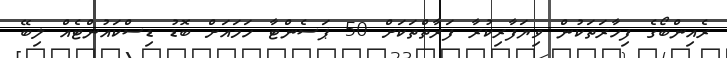
ރެއިންބޯގެ ފިހާރަތަކުން ވިޔަފާރިކުރާ ފަރާތްތަކަށް 50 ޕަސެންޓާ ހަމައަށް ބޮޑު ޑިސްކައުންޓެއް ލިބޭ